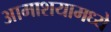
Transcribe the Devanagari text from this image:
आमाशयामध्ये